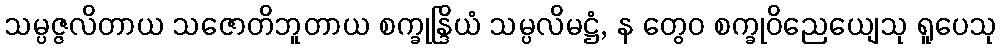
သမ္ပဇ္ဇလိတာယ သဇောတိဘူတာယ စက္ခုန္ဒြိယံ သမ္ပလိမဋ္ဌံ, န တွေဝ စက္ခုဝိညေယျေသု ရူပေသု